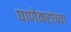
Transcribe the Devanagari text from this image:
घाणेकरांच्या